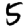
Digit: 5